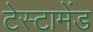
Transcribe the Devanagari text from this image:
टेस्टामेंड